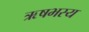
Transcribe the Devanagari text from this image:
ऋषभस्य